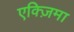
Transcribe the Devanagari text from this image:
एक्ज़िमा